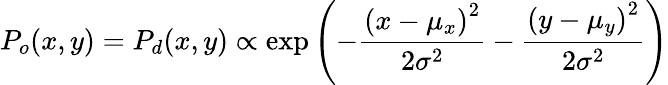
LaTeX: P_{o}(x,y)=P_{d}(x,y)\propto\mathrm{exp}\left(-\frac{\left(x-\mu_{x}\right)^{2}}{2\sigma^{2}}-\frac{\left(y-\mu_{y}\right)^{2}}{2\sigma^{2}}\right)